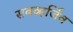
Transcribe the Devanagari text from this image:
सबव्हर्जिव